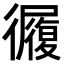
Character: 𢖓